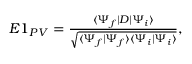
\begin{array} { r } { E 1 _ { P V } = \frac { \langle \Psi _ { f } | D | \Psi _ { i } \rangle } { \sqrt { \langle \Psi _ { f } | \Psi _ { f } \rangle \langle \Psi _ { i } | \Psi _ { i } \rangle } } , } \end{array}